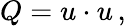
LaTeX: Q=u\cdot u\, ,